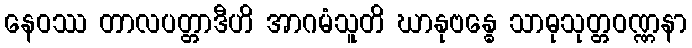
နေဝဿ တာလပတ္တာဒီဟိ အာဂမံသူတိ ဃာနုဗန္ဓေ သာဓုသုတ္တဝဏ္ဏနာ